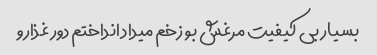
بسیار بی کیفیت مرغش بو زخم میداد انداختم دور غذارو